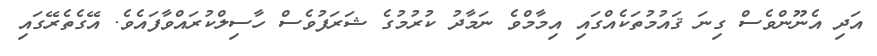
އަދި އެނޫންވެސް ގިނަ ޤައުމުތަކެއްގައި އިމާމްވެ ނަމާދު ކުރުމުގެ ޝަރަފުވެސް ހާސިލްކުރައްވާފައެވެ. އޭގެތެރޭގައި